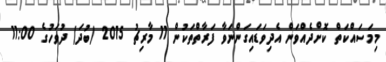
މިމަސައްކަތް ކޮށްދެއްވަން އެދިވަޑައިގަންނަވާ ފަރާތްތަކުން 11 މާރިޗު 2015 (ބުދަ) ދުވަހުގެ 11:00